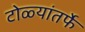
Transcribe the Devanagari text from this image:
टोळ्यांतर्फे